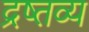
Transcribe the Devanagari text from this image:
द्रष्तव्य